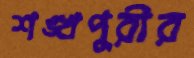
শঙ্খপুরীর